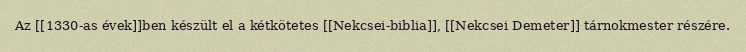
Az [[1330-as évek]]ben készült el a kétkötetes [[Nekcsei-biblia]], [[Nekcsei Demeter]] tárnokmester részére.